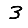
Digit: 3